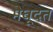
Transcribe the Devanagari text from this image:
मेघूदत